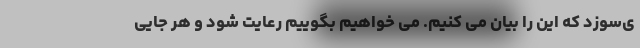
ی‌سوزد که این را بیان می کنیم. می خواهیم بگوییم رعایت شود و هر جایی